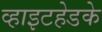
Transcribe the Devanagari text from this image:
व्हाइटहेडके